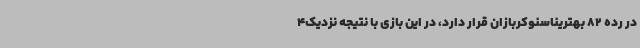
در رده 82 بهتریناسنوکربازان قرار دارد، در این بازی با نتیجه نزدیک4